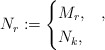
\begin{align*}N_r\coloneqq \begin{cases}M_r,&,\\N_k,&\end{cases}\end{align*}